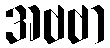
အဗဗာ